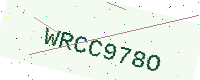
Text: WRCC978O